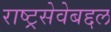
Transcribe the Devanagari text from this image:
राष्ट्रसेवेबद्दल